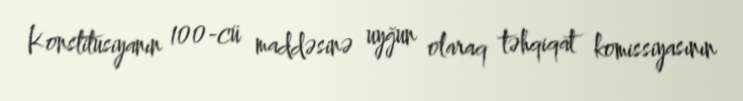
Konstitusiyanın 100-cü maddəsinə uyğun olaraq təhqiqat komissiyasının